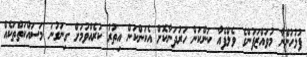
ފުލުހުންނާ މުވައްޒަފުންގެ ވެލްފެއާ ކަންކަން ހަރުދަނާކޮށް އެކަންކަން އިތުރު ކުރެއްވުމަށް ގިނަގުނަ މަސައްކަތްތަކެއް